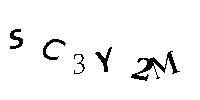
SC3Y2M